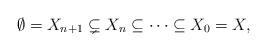
LaTeX: \begin{align*}\emptyset = X_{n+1} \subsetneq X_{n} \subseteq \cdots \subseteq X_0 = X, \end{align*}